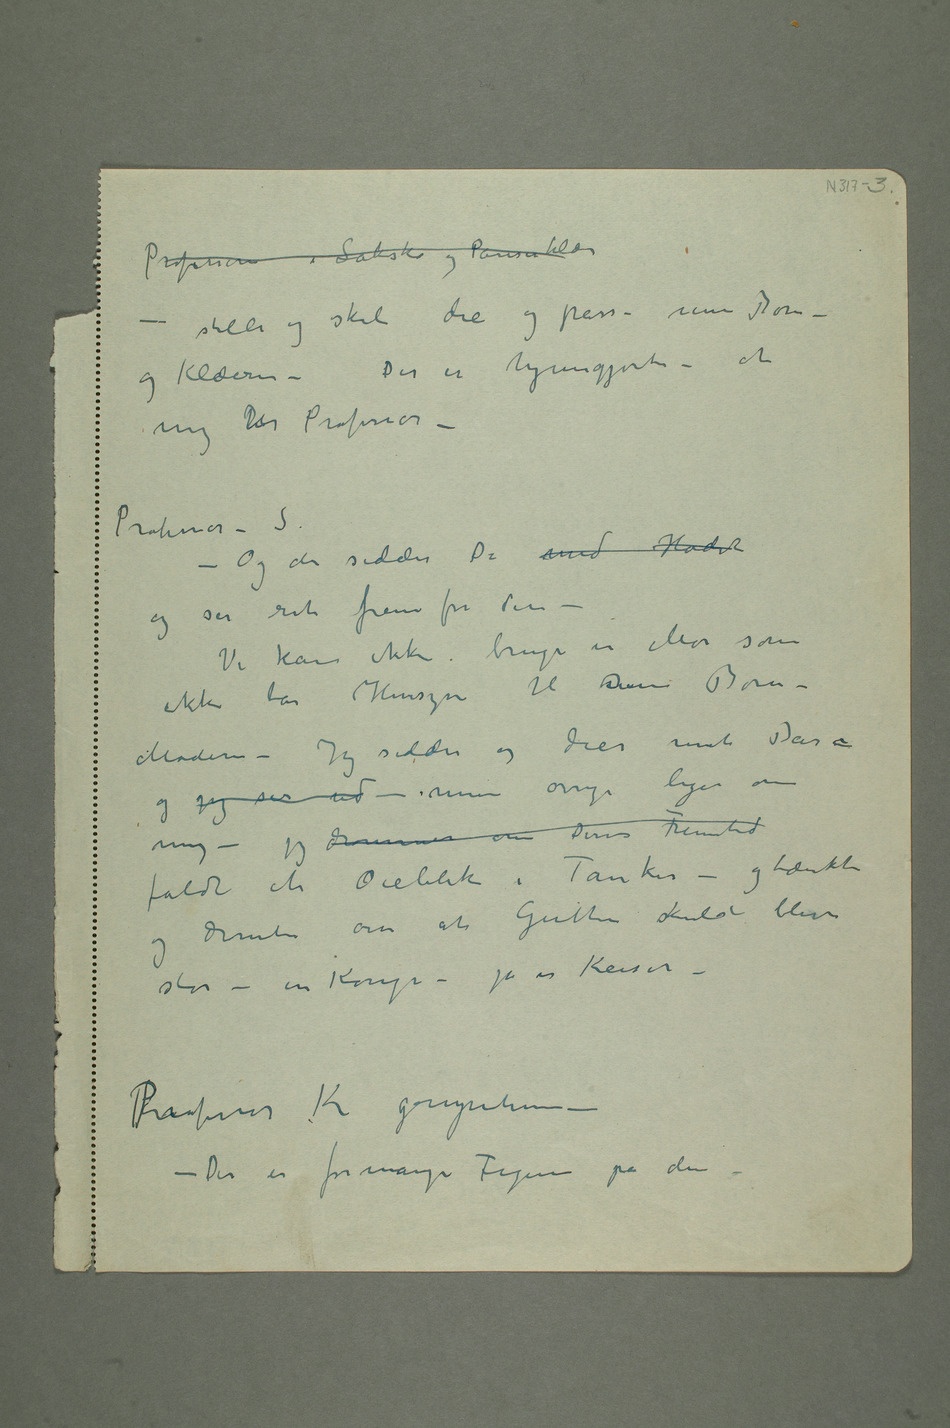
Professoren i Laksko og Pariserklær –
stille og skal die og passe mine Børn –
og Klæerne – Der er hjemgjorte – af
mig PHr Professor
– Professor – S.
– Og der sidder De med Hodet
og ser ret frem for dem
– Vi kan ikke bruge en Mor som
ikke tar Hensyn til sine Børn –
og jeg ser ud – mine øvrige leger om
faldt et Øieblik i Tanker – og tænkte og
drømte om at Gutten skulde blive
stor – en Konge – ja en Keiser –
>Professor K gryntene –
– Der er for mange figurer på den –